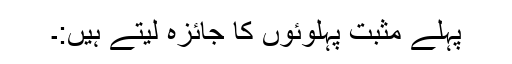
پہلے مثبت پہلوئوں کا جائزہ لیتے ہیں:۔